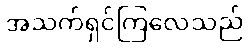
အသက်ရှင်ကြလေသည်